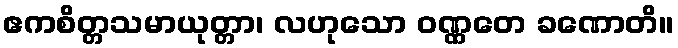
ဧကစိတ္တသမာယုတ္တာ၊ လဟုသော ဝဏ္ဏတေ ခဏောတိ။